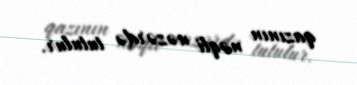
qazının nəqli nəzərdə tutulur.